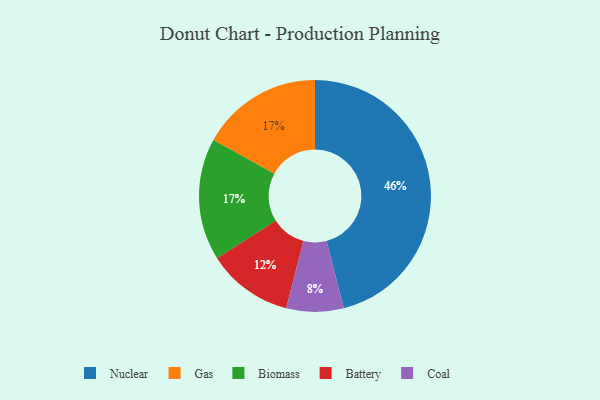
{"axis": {"x": "Category", "y": "Percentage"}, "legend": ["Battery", "Biomass", "Coal", "Gas", "Nuclear"], "data": [{"x": "Coal", "y": 8, "type": "Coal"}, {"x": "Gas", "y": 17, "type": "Gas"}, {"x": "Nuclear", "y": 46, "type": "Nuclear"}, {"x": "Biomass", "y": 17, "type": "Biomass"}, {"x": "Battery", "y": 12, "type": "Battery"}]}